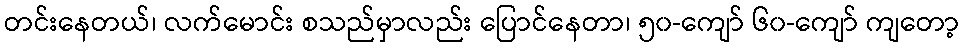
တင်းနေတယ်၊ လက်မောင်း စသည်မှာလည်း ပြောင်နေတာ၊ ၅၀-ကျော် ၆၀-ကျော် ကျတော့